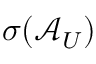
\sigma ( \mathcal { A } _ { U } )